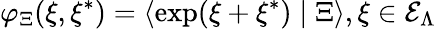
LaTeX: \varphi_{\Xi}(\xi,\xi^{*})=\left\langle\exp(\xi+\xi^{*})\mid\Xi\right\rangle,\xi\in{\cal E}_{\Lambda}